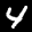
Label: 4